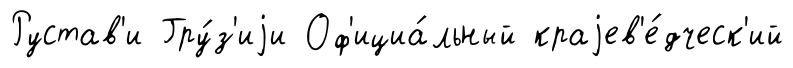
Рустав'и Гру́з'иjи Оф'ициа́льный краjев'е́дческ'ий